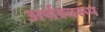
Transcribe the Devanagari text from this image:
अर्थस्वरूप